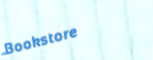
Bookstore